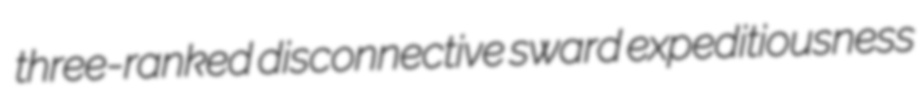
three-ranked disconnective sward expeditiousness